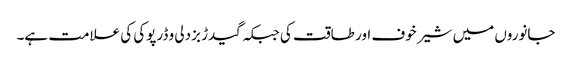
جانوروں میں شیر خوف اور طاقت کی جبکہ گیدڑ بزدلی و ڈرپوکی کی علامت ہے۔